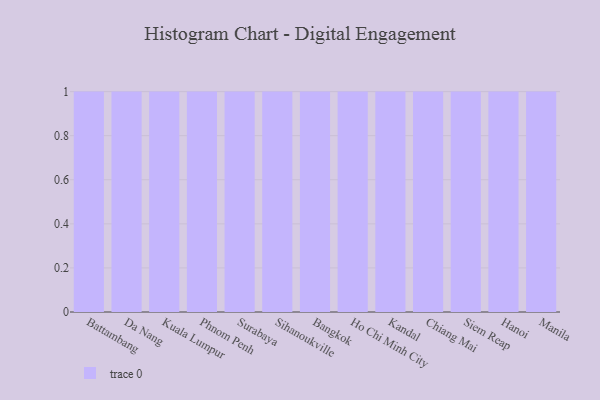
{"axis": {"x": "City", "y": "Satisfaction Score"}, "legend": [""], "data": [{"x": "Battambang", "y": 58, "type": ""}, {"x": "Da Nang", "y": 64, "type": ""}, {"x": "Kuala Lumpur", "y": 3, "type": ""}, {"x": "Phnom Penh", "y": 88, "type": ""}, {"x": "Surabaya", "y": 64, "type": ""}, {"x": "Sihanoukville", "y": 85, "type": ""}, {"x": "Bangkok", "y": 13, "type": ""}, {"x": "Ho Chi Minh City", "y": 32, "type": ""}, {"x": "Kandal", "y": 24, "type": ""}, {"x": "Chiang Mai", "y": 84, "type": ""}, {"x": "Siem Reap", "y": 75, "type": ""}, {"x": "Hanoi", "y": 96, "type": ""}, {"x": "Manila", "y": 67, "type": ""}]}